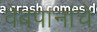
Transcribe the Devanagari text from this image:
वेबपानांचे